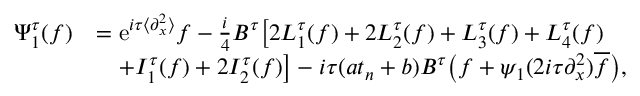
\begin{array} { r l } { \Psi _ { 1 } ^ { \tau } ( f ) } & { = \mathrm { e } ^ { i \tau \langle \partial _ { x } ^ { 2 } \rangle } f - \frac { i } { 4 } B ^ { \tau } \big [ 2 L _ { 1 } ^ { \tau } ( f ) + 2 L _ { 2 } ^ { \tau } ( f ) + L _ { 3 } ^ { \tau } ( f ) + L _ { 4 } ^ { \tau } ( f ) } \\ & { \quad + I _ { 1 } ^ { \tau } ( f ) + 2 I _ { 2 } ^ { \tau } ( f ) \big ] - i \tau ( a t _ { n } + b ) B ^ { \tau } \big ( f + \psi _ { 1 } ( 2 i \tau \partial _ { x } ^ { 2 } ) \overline { { f } } \big ) , } \end{array}